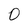
Character: 0